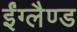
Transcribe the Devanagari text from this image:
ईंग्लैण्ड